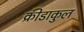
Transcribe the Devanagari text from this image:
क्रीडाकुल